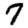
Digit: 7